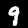
Label: 9